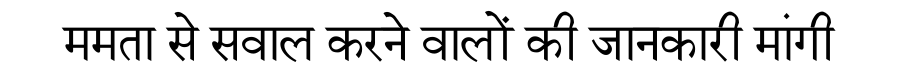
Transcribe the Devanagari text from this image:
ममता से सवाल करने वालों की जानकारी मांगी